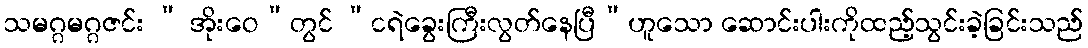
သမဂ္ဂမဂ္ဂဇင်း “ အိုးဝေ”တွင် “ငရဲခွေးကြီးလွတ်နေပြီ”ဟူသော ဆောင်းပါးကိုထည့်သွင်းခဲ့ခြင်းသည်